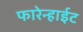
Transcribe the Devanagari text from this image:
फारेन्हाईट